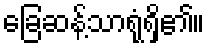
ခြေဆန့်သာရုံရှိ၏။